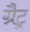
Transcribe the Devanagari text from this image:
ग्रैट्र